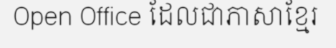
Open Office ដែលជាភាសាខ្មែរ